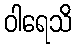
ဝါရေသိ